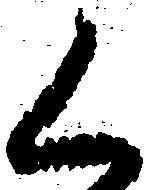
く